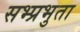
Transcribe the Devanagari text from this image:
सभ्प्रभुता